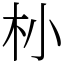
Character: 㭂